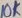
Text: 10K